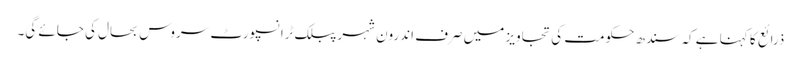
ذرائع کا کہنا ہے کہ سندھ حکومت کی تجاویز میں صرف اندرون شہر پبلک ٹرانسپورٹ سروس بحال کی جائے گی۔